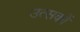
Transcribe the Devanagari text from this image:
उत्सकों